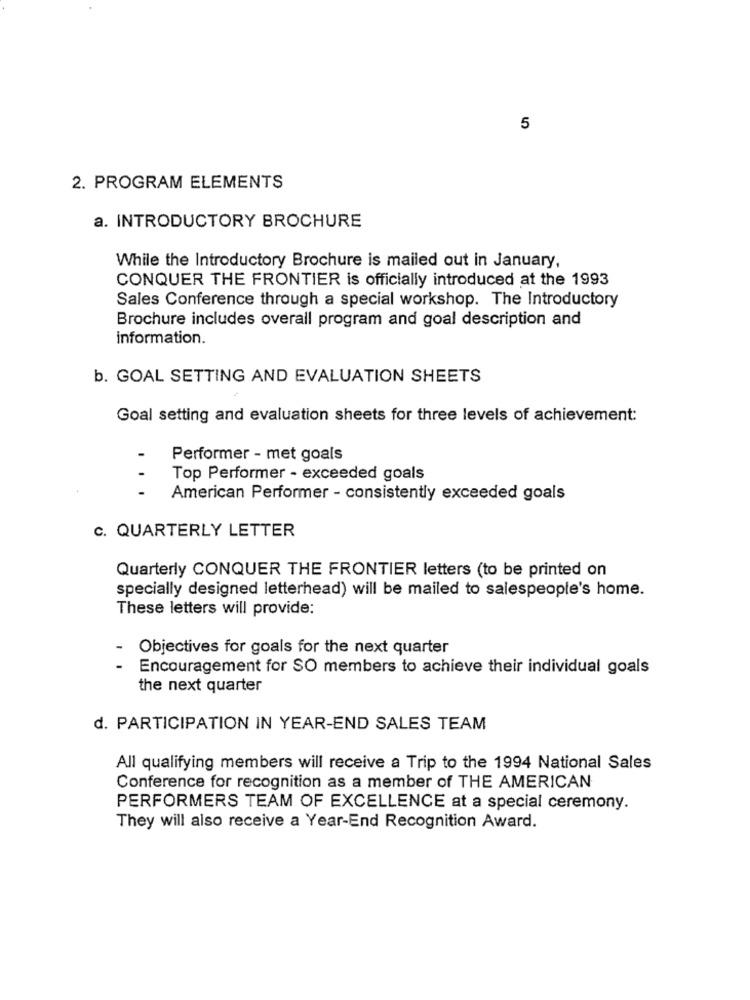
5
2. PROGRAM ELEMENTS
a. INTRODUCTORY BROCHURE
While the Introductory Brochure is mailed out in January,
CONQUER THE FRONTIER is officially introduced at the 1993
Sales Conference through a special workshop. The Introductory
Brochure includes overall program and goal description and
information.
b. GOAL SETTING AND EVALUATION SHEETS
Goal setting and evaluation sheets for three levels of achievement:
Performer - met goals
Top Performer - exceeded goals
...
American Performer - consistently exceeded goals
C. QUARTERLY LETTER
Quarterly CONQUER THE FRONTIER letters (to be printed on
specially designed letterhead) will be mailed to salespeople's home.
These letters will provide:
Objectives for goals for the next quarter
Encouragement for SO members to achieve their individual goals
the next quarter
d. PARTICIPATION IN YEAR-END SALES TEAM
All qualifying members will receive a Trip to the 1994 National Sales
Conference for recognition as a member of THE AMERICAN
PERFORMERS TEAM OF EXCELLENCE at a special ceremony.
They will also receive a Year-End Recognition Award.